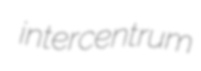
intercentrum